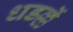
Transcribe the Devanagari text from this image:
धडल्लें